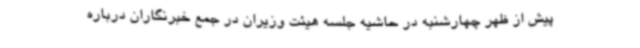
پیش از ظهر چهارشنبه در حاشیه جلسه هیئت وزیران در جمع خبرنگاران درباره